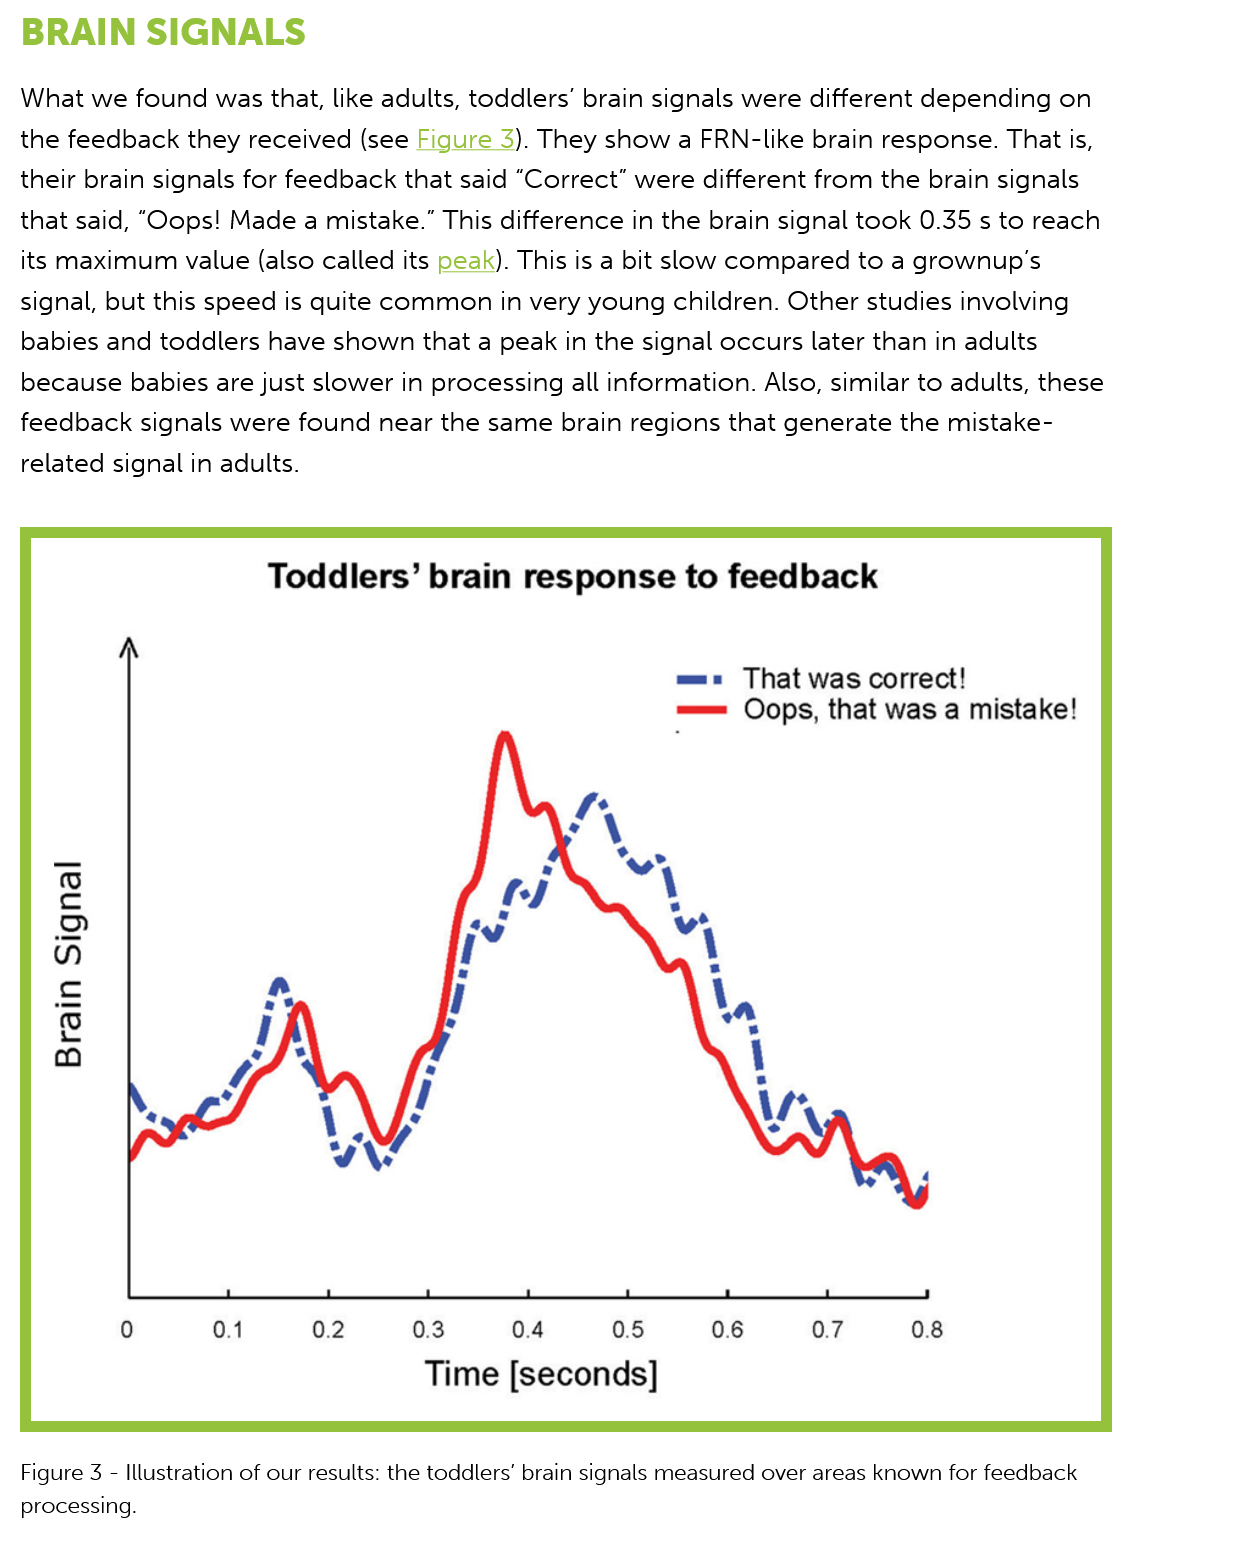
BRAIN    SIGNALS
  What  we  found  was that, like adults, toddlers’ brain signals were different depending on
  the feedback  they  received (see Figure 3). They show  a FRN-like  brain response. That is,
  their brain signals for feedback that said “Correct” were different from the brain signals
  that said, “Oops! Made  a mistake.” This difference in the brain signal took 0.35 s to reach
  its maximum value  (also  called its peak). This is a bit slow compared to a grownup’s

  signal, but this speed is quite common in  very young   children. Other studies involving
  babies  and toddlers have  shown that  a peak in the signal occurs  later than in adults
  because   babies are just slower in processing all information. Also, similar to adults, these
  feedback signals  were  found  near the same brain  regions that generate  the mistake-
  related signal in adults.
  Figure 3
  -
     Illustration of our results: the toddlers’ brain signals measured over areas known for feedback
  processing.